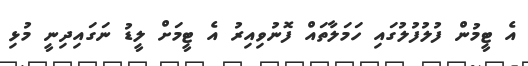
އެ ޓީމުން ފުލުފުލުގައި ހަމަލާތައް ފޮނުވިއިރު އެ ޓީމަށް ލީޑު ނަގައިދިނީ މުޅި